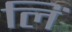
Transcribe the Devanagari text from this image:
लिं